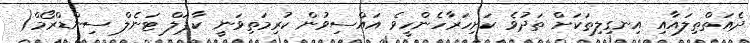
ދެއަތްތިލައާއި އިނގިލިތަކަށް ތަދުވެ ކަށިހަރާހެންހީވެ އައްސިވުން ކުރިމަތިވަނީ ކާޕަލް ޓަނެލް ސިންޑްރޯމް(